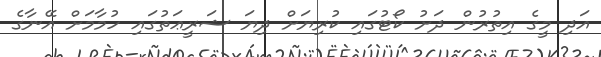
އަދި މީގެ އިތުރުން ދަށު ކޯޓުގައި ކުރިޔަށް ދިޔަ ޝަރީޢަަތުގައި ހުމާމަށް އޭނާގެ